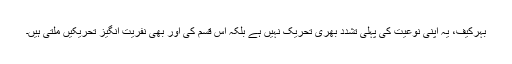
بہرکیف، یہ اپنی نوعیت کی پہلی تشدد بھری تحریک نہیں ہے بلکہ اس قسم کی اور بھی نفریت انگیز تحریکیں ملتی ہیں۔